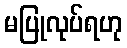
မပြုလုပ်ရဟု